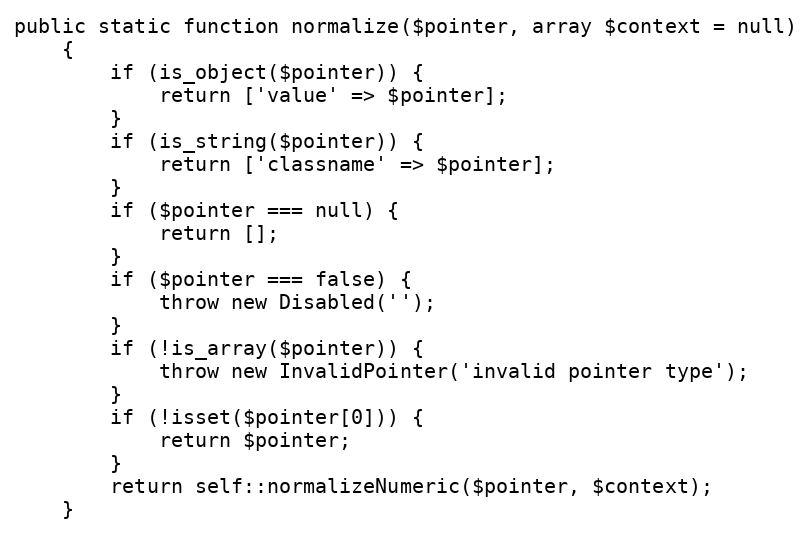
Language: PHP
public static function normalize($pointer, array $context = null)
    {
        if (is_object($pointer)) {
            return ['value' => $pointer];
        }
        if (is_string($pointer)) {
            return ['classname' => $pointer];
        }
        if ($pointer === null) {
            return [];
        }
        if ($pointer === false) {
            throw new Disabled('');
        }
        if (!is_array($pointer)) {
            throw new InvalidPointer('invalid pointer type');
        }
        if (!isset($pointer[0])) {
            return $pointer;
        }
        return self::normalizeNumeric($pointer, $context);
    }